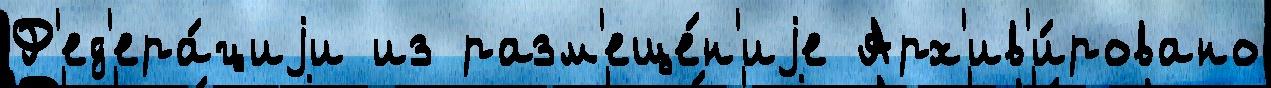
Ф'ед'ера́циjи из разм'еще́н'иjе Арх'ив'и́ровано